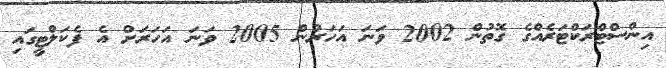
އިންސްޓްރަކްޓަރެއްގެ ގޮތުން 2002 ވަނަ އަހަރުން 2005 ވަނަ އަހަރަށް އެ ފެކަލްޓީގައި